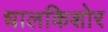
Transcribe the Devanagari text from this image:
धालकिशोर